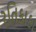
રતિકાકા